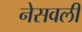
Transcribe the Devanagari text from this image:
नेसवली